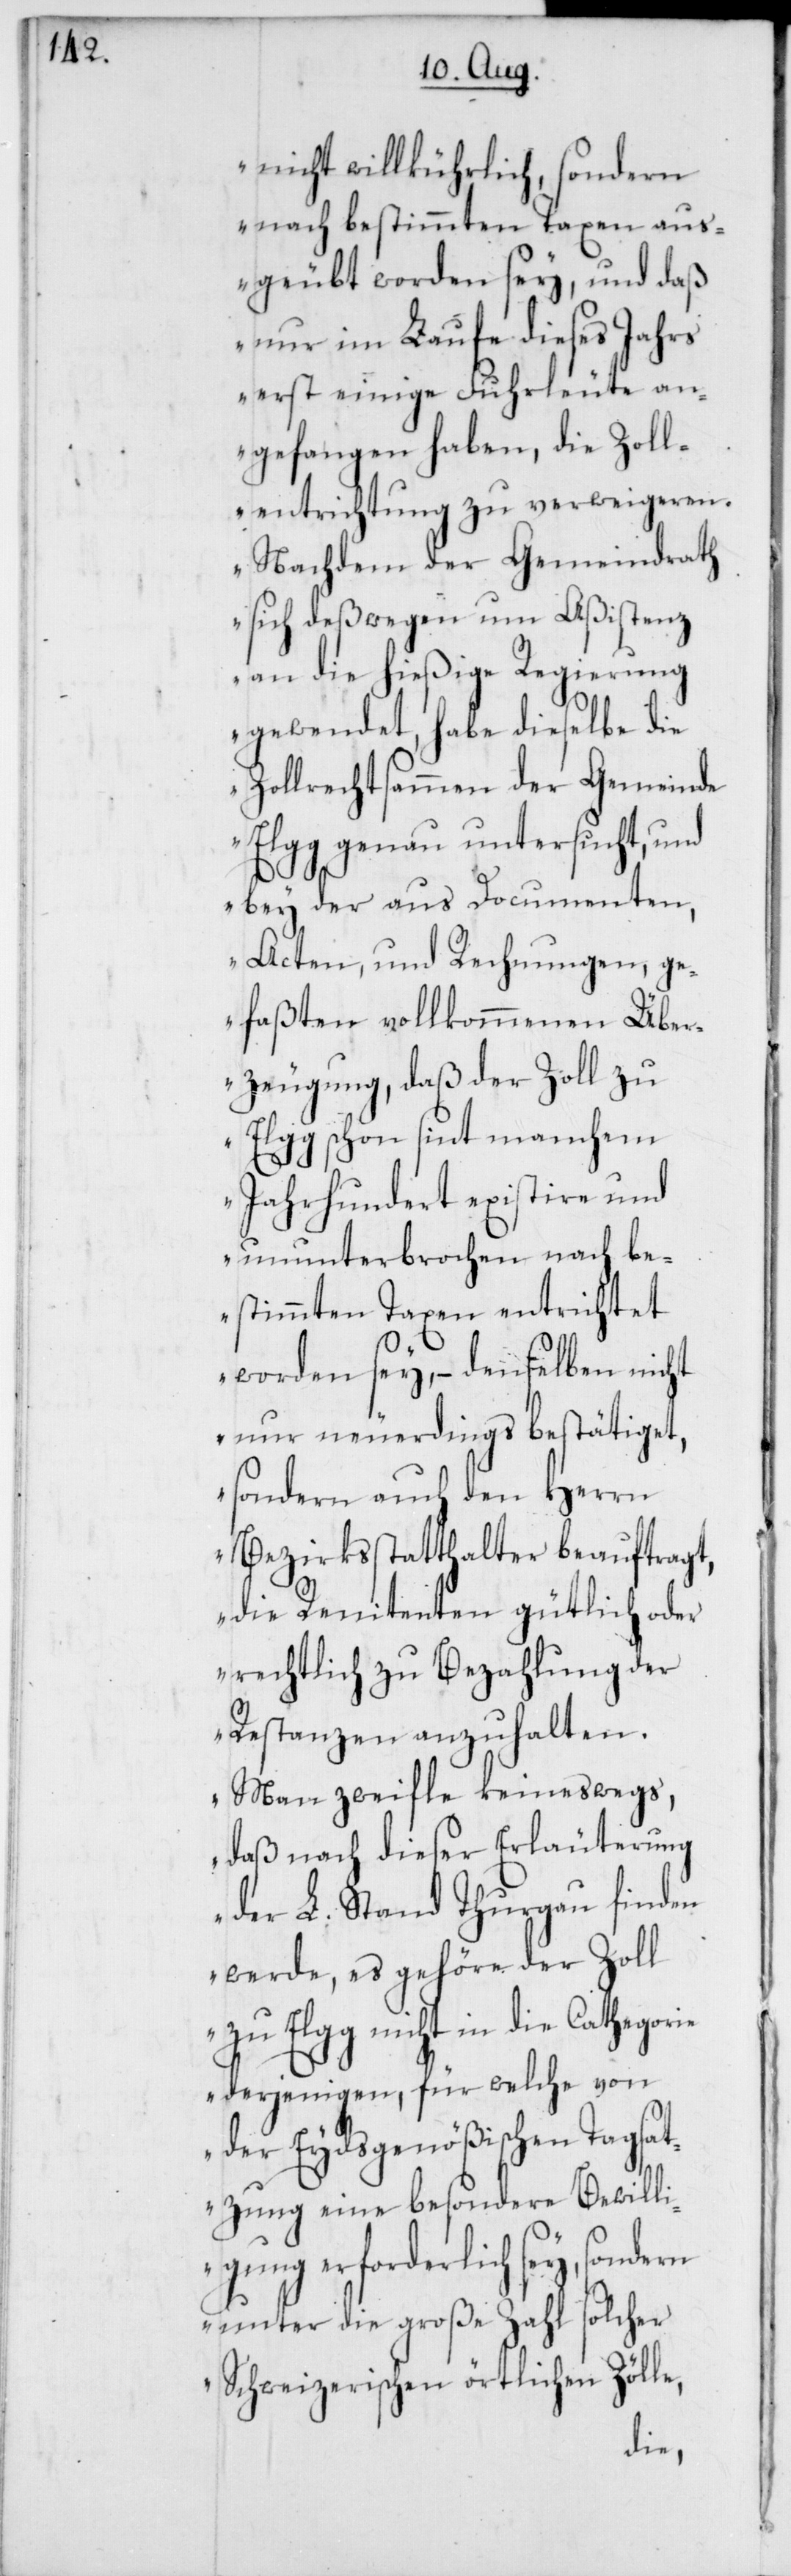
nicht willkührlich, sondern
nach bestimmten Taxen aus¬
geübt worden sey, und daß
nur im Laufe dieses Jahrs
erst einige Fuhrleute an¬
gefangen haben, die Zoll¬
entrichtung zu verweigeren.
Nachdem der Gemeindrath
sich deßwegen um Aßistenz
an die hießige Regierung
gewendet, habe dieselbe die
Zollrechtsammen der Gemeinde
Elgg genau untersucht, und
bey der aus Documenten,
Acten, und Rechnungen, ge¬
faßten vollkommenen Über¬
zeugung, daß der Zoll zu
Elgg schon sint manchem
Jahrhundert existire und
ununterbrochen nach be¬
stimmten Taxen entrichtet
worden sey, – denselben nicht
nur neuerdings bestätiget,
sondern auch den Herrn
Bezirksstatthalter beauftragt,
die Renitenten gütlich oder
rechtlich zu Bezahlung der
Restanzen anzuhalten.
Man zweifle keineswegs,
daß nach dieser Erläuterung
der L. Stand Thurgau finden
werde, es gehöre der Zoll
zu Elgg nicht in die Cathegorie
der Eydsgenößischen Tagsat¬
zung eine besondere Bewilli¬
gung erforderlich sey,
unter die große Zahl solcher
Schweizerischen örtlichen Zölle,